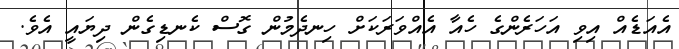
އެއަޑެއް އިވި އަހަރެންގެ ހެއާ އެއްވަރަކަށް ހިނދެމުން ގޮސް ކެނޑިގެން ދިޔައީ އެވެ.